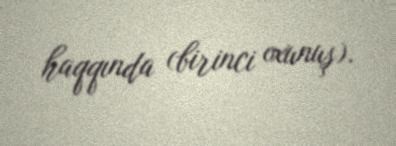
haqqında (birinci oxunuş).